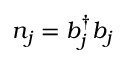
{ n } _ { j } = { b } _ { j } ^ { \dagger } { b } _ { j }